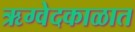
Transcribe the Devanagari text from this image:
ऋग्वेदकाळात